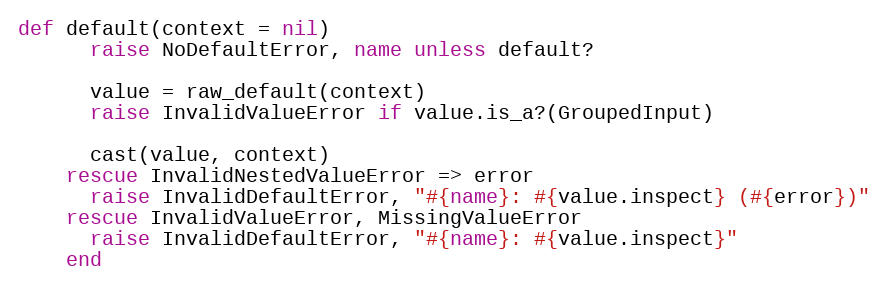
Language: Ruby
def default(context = nil)
      raise NoDefaultError, name unless default?

      value = raw_default(context)
      raise InvalidValueError if value.is_a?(GroupedInput)

      cast(value, context)
    rescue InvalidNestedValueError => error
      raise InvalidDefaultError, "#{name}: #{value.inspect} (#{error})"
    rescue InvalidValueError, MissingValueError
      raise InvalidDefaultError, "#{name}: #{value.inspect}"
    end